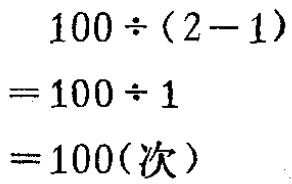
\[
\begin{align*}
&100\div(2 - 1)\\
=&100\div1\\
=&100(\text{次})
\end{align*}
\]